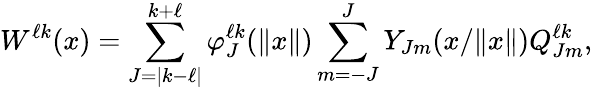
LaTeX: {W}^{\ell k}({x})=\sum_{J=|k-\ell|}^{k+\ell}\varphi_{J}^{\ell k}(\| {x}\| )\sum_{m=-J}^{J}Y_{Jm}({x}/\| {x}\| ){Q}_{Jm}^{\ell k},